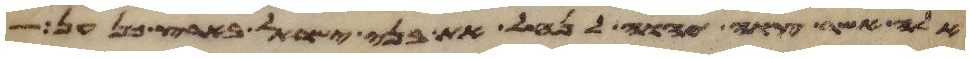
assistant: אלה אשר צוה יהוה לנחל את בני ישראל בארץ כנען